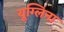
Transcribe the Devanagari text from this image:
यूग्लिना